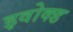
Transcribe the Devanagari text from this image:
इवोक्ड